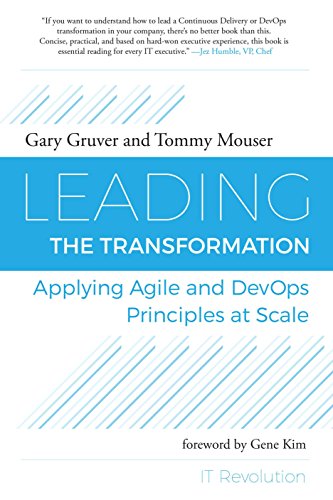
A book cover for Leading the Transformation: Applying Agile and DevOps Principles at Scale; Gary Gruver; Business & Money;